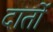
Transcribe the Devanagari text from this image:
दार्तो